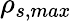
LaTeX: \rho_{s,max}